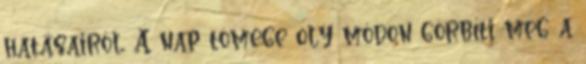
hatásairól. A nap tömege oly módon görbíti meg a